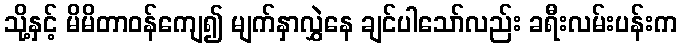
သို့နှင့် မိမိတာဝန်ကျေ၍ မျက်နှာလွှဲနေ ချင်ပါသော်လည်း ခရီးလမ်းပန်းက